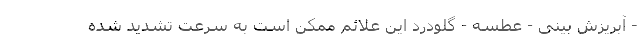
- آبریزش بینی - عطسه - گلودرد این علائم ممکن است به سرعت تشدید شده